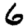
Digit: 6